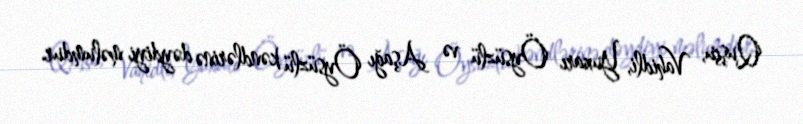
Quşçu, Vahidli, Yuxarı Öysüzlü və Aşağı Öysüzlü kəndlərinə dəydiyi məlumdur.